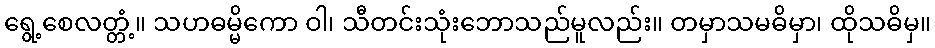
ရွေ့စေလတ္တံ့။ သဟဓမ္မိကော ဝါ၊ သီတင်းသုံးဘောသည်မူလည်း။ တမှာသမဓိမှာ၊ ထိုသဓိမှ။